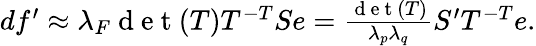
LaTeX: \begin{array}{r}{df^{\prime}\approx\lambda_{F}\mathrm{~d~e~t~}(T)T^{-T}Se=\frac{\mathrm{~d~e~t~}(T)}{\lambda_{p}\lambda_{q}}S^{\prime}T^{-T}e.}\end{array}